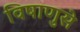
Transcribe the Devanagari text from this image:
विषाणुसे